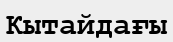
Кытайдағы